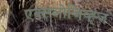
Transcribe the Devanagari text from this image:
एक्स्प्लोजिव्ह्ज